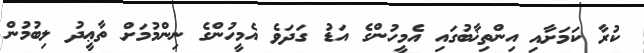
ކުރާ ކަމަށާއި އިންތިޚާބުގައި އެމީހުންގެ އަޑު ގަދަވެ އެމީހުންގެ ނިންމުމަށް ތާޢީދު ލިބުމުން